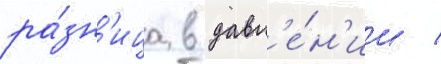
ра́зн'ица в давл'е́н'ии /